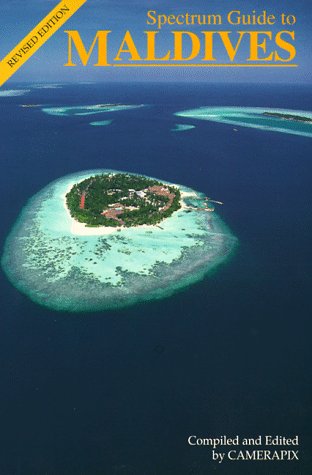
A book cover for Spectrum Guide to Maldives (Spectrum Guides); Travel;